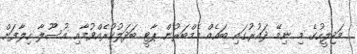
މަޖިލީހުގެ މި ނިމޭ ދައުރުގައި ބައެއް މެމްބަރުން ޕާޓީ ބަދަލުކުރެއްވުމާއި އުސޫލާ ހިލާފަށް